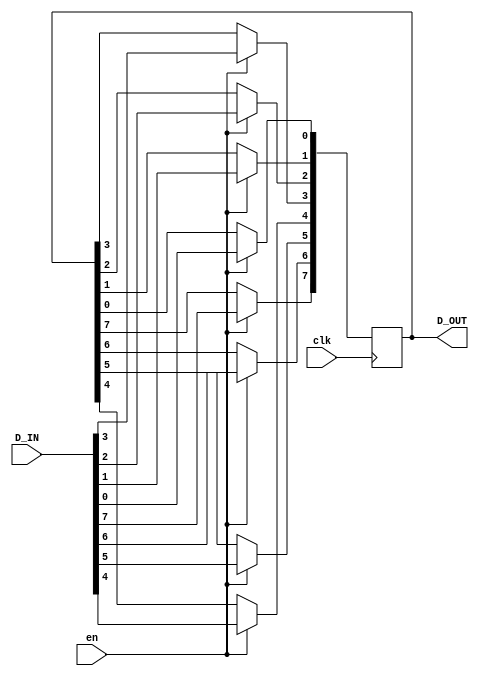
module test2(input [7:0]D_IN, input clk,en, output reg [7:0]D_OUT);
integer i;
    always @(posedge clk)
    begin
        for(i=0;i<8;i=i+1)
        begin
            if(en)
                D_OUT[i]<= D_IN[i];
        end
    end
endmodule